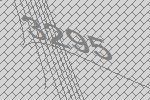
3295